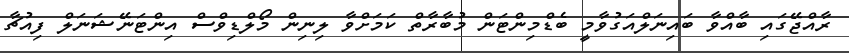
ރާއްޖޭގައި ބާއްވާ ބައިނަލްއަގުވާމީ ބެޑްމިންޓަން މުބާރާތް ކަމަށްވާ ލިނިން މޯލްޑިވްސް އިންޓަނޭޝަނަލް ފިއުޗާ